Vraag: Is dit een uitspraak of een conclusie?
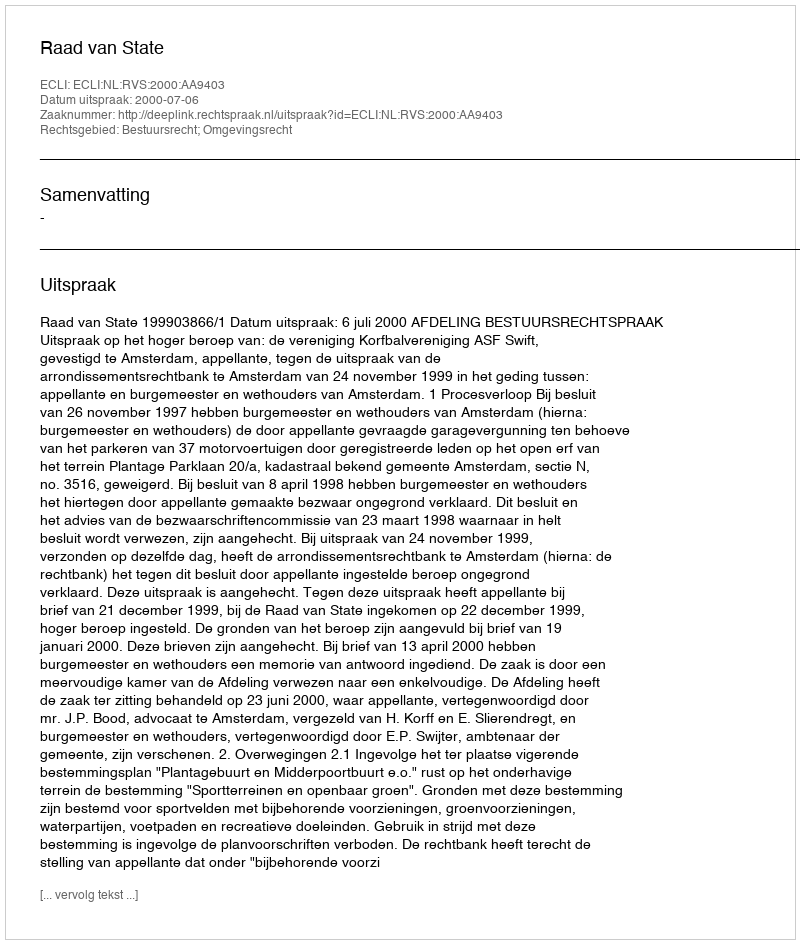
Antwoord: Uitspraak